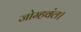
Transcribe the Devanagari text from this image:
जोम्हवंल।